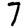
Digit: 7